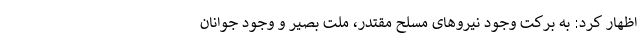
اظهار کرد: به برکت وجود نیروهای مسلح مقتدر، ملت بصیر و وجود جوانان